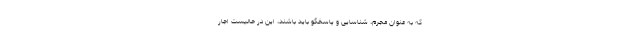
که به عنوان مجرم، شناسایی و پاسخگو باید باشند، این در حالیست اجار